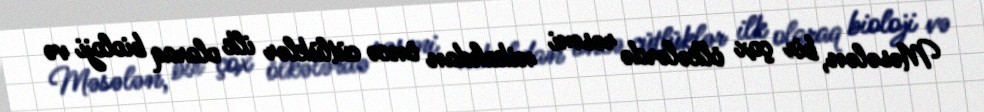
Məsələn, bir çox ölkələrdə rəsmi nikahdan öncə cütlüklər ilk olaraq bioloji və